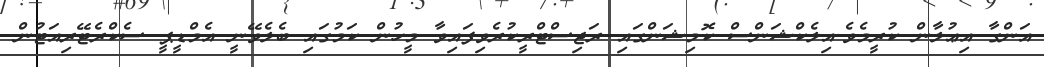
އަންގާ އިޢުލާން ކުރީމެވެ.އިލެކްޝަންސް ކޮމިޝަންގައި ރަޖިސްޓްރީކުރެވިފައިވާ މީހުން ކަމުގައި ބެލެވޭނީ އެމްޑީޕީ ސެކްރެޓޭރިއަޓުން